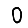
Digit: 0